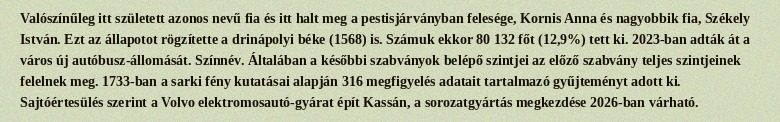
Valószínűleg itt született azonos nevű fia és itt halt meg a pestisjárványban felesége, Kornis Anna és nagyobbik fia, Székely István. Ezt az állapotot rögzítette a drinápolyi béke (1568) is. Számuk ekkor 80 132 főt (12,9%) tett ki. 2023-ban adták át a város új autóbusz-állomását. Színnév. Általában a későbbi szabványok belépő szintjei az előző szabvány teljes szintjeinek felelnek meg. 1733-ban a sarki fény kutatásai alapján 316 megfigyelés adatait tartalmazó gyűjteményt adott ki. Sajtóértesülés szerint a Volvo elektromosautó-gyárat épít Kassán, a sorozatgyártás megkezdése 2026-ban várható.